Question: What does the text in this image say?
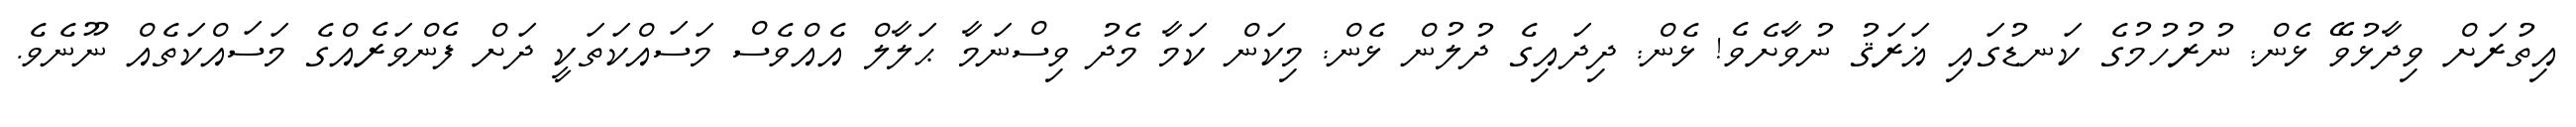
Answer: އިތުރަށް ވިދާޅުވޭ ޅެން: ނުރުހުމުގެ ކަނޑުގައި ޣަރަޤު ނުވާށެވެ! ޅެން: ދިދައިގެ ދުލުން ޅެން: މިކަން ކަމާ މެދު ވިސްނަމާ ޙަލާލް އެއްވެސް މަސައްކަތަކީ ދަށް ފެންވަރެއްގެ މަސައްކަތެއް ނޫނެވެ.